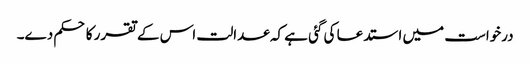
درخواست میں استدعا کی گئی ہے کہ عدالت اس کے تقرر کا حکم دے۔